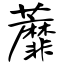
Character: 蘼